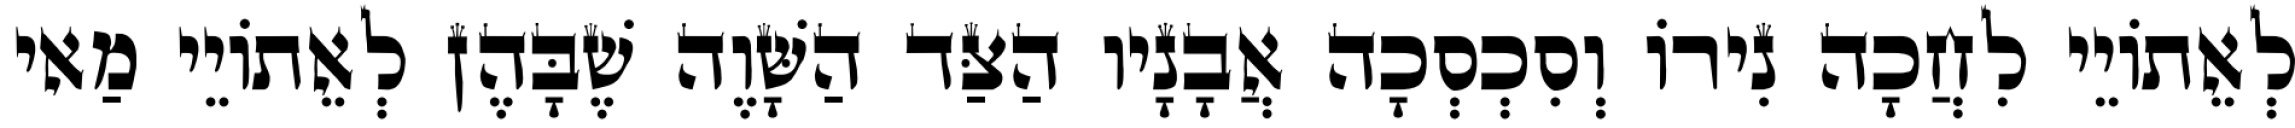
לְאֵתוֹיֵי לִחֲכָה נִירוֹ וְסִכְסְכָה אֲבָנָיו הַצַּד הַשָּׁוֶה שֶׁבָּהֶן לְאֵתוֹיֵי מַאי